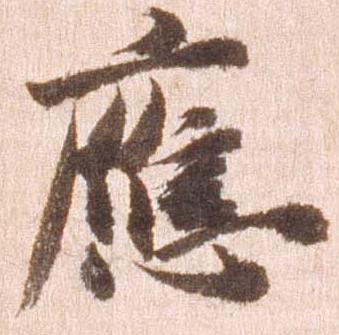
応